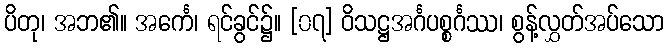
ပိတု၊ အဘ၏။ အင်္ကေ၊ ရင်ခွင်၌။ [၀၇] ဝိသဋ္ဌအင်္ဂပစ္စင်္ဂဿ၊ စွန့်လွှတ်အပ်သော